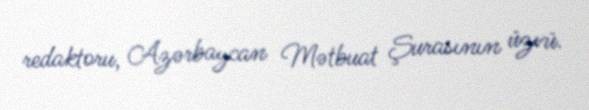
redaktoru, Azərbaycan Mətbuat Şurasının üzvü.